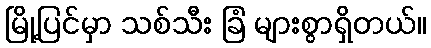
မြို့ပြင်မှာ သစ်သီး ခြံ များစွာရှိတယ်။